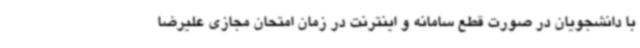
با دانشجویان در صورت قطع سامانه و اینترنت در زمان امتحان مجازی علیرضا